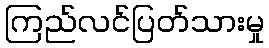
ကြည်လင်ပြတ်သားမှု